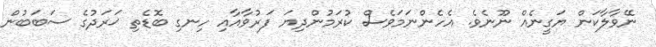
ނޭވާލާކަން ޔަގީނެއް ނޫނެވެ. އެހެންނަމަވެސް ކުރަމުންދިޔަ ފަރުވާއާއި ހިނގި ބޮޑެތި ޚަރަދުގެ ސަބަބުން